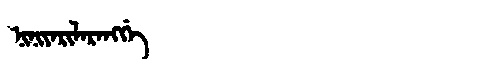
Manchu: ᠨᡳᠨᡳᠶᠠᡵᡳᠯᠠᡵᠠᠩᡤᡝ
Romanization: NINIYARILARANGGE